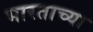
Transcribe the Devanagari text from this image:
भारताच्‍या